Regulations for the medical services of the Army of India
Year: 1930
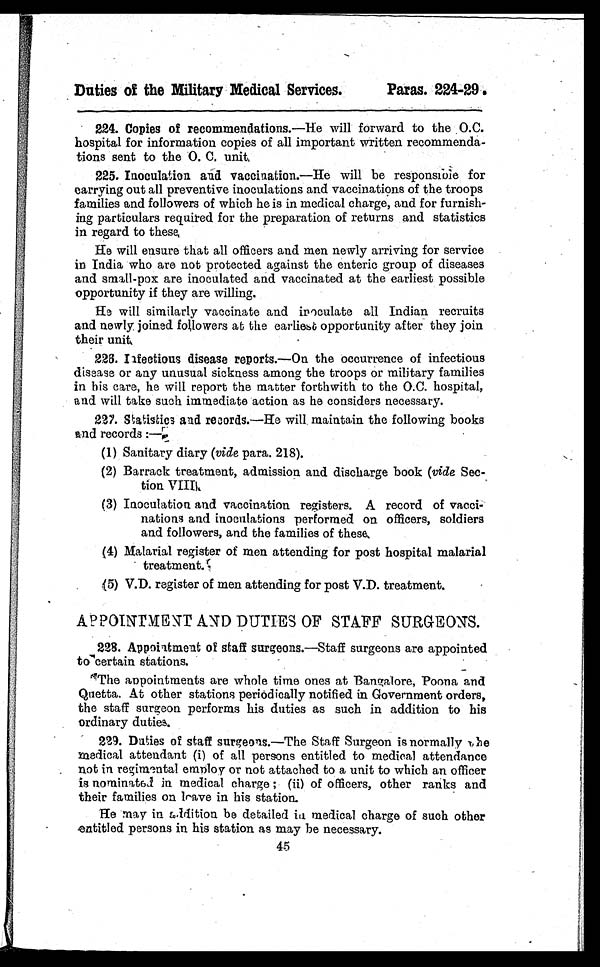
Duties of the Military Medical Services.
Paras. 224-29
224. Copies of recommendations.—He will forward to the 0.C.
hospital for information copies of all important written recommenda
- t i o n s s e n t t o t h e O . C . u n i t ,
225. Inoculation and vaccination.—He will be responsible for
carrying out all preventive inoculations and vaccinations of the troops
families and followers of which he is in medical charge, and for furnish
- i n g p a r t i c u l a r s r e q u i r e d f o r t h e p r e p a r a t i o n o f r e t u r n s a n d s t a t i s t i c s
in regard to these,
He will ensure that all officers and men newly arriving for service
in India who are not protected against the enteric group of diseases
and small-pox are inoculated and vaccinated at the earliest possible
opportunity if they are willing.
He will similarly vaccinate and inoculate all Indian recruits
and newly joined followers at the earliest opportunity after they join
their unfit.
2 2 6 . I n f e c t i o u s d i s e a s e r e p o r t s . — O n t h e o c c u r r e n c e o f i n f e c t i o u s
disease or any unusual sickness among the troops or military families
in his care, he will report the matter forthwith to the 0.C. hospital,
and will take such immediate action as he considers necessary.
227. Statistics and records.—He will maintain the following books
and records :—
(1) Sanitary diary (vide para. 218).
(2) Barrack treatment, admission and discharge book (vide Sec-
tion VIII
(3) Inoculation and vaccination registers. A record of vacci--
nations and inoculations performed on officers, soldiers
and followers, and the families of these.
(4) Malarial register of men attending for post hospital malarial
treatment.
.
(5) V.D. register of men attending for post V.D. treatment.
APPOINTMENT AND DUTIES OF STAFF SURGEONS.
228. Appointment of staff surgeons.—Staff surgeons are appointed
to certain stations.
The appointments are whole time ones at Bangalore, Poona and
Quetta. At other stations periodically notified in Government orders,
the staff surgeon performs his duties as such in addition to his
ordinary duties.
229. Duties of staff surgeons.—The Staff Surgeon is normally the
medical attendant (i) of all persons entitled to medical attendance
not in regimental employ or not attached to a unit to which an officer
is nominated in medical charge; (ii) of officers, other ranks and
their families on leave in his station.
He may in addition be detailed in medical charge of such other
entitled persons in his station as may be necessary.
45